Oriental or Dehli sore - Number 13
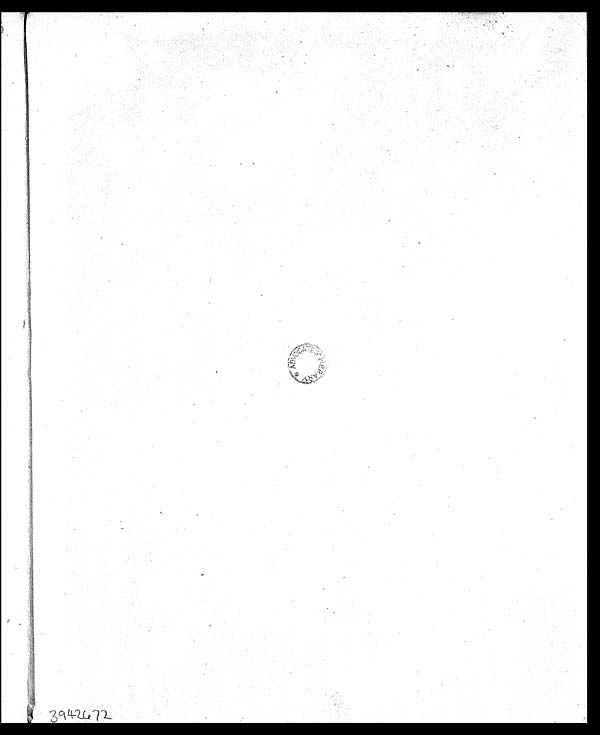
* ADVOCATES LIBRARY
3942672